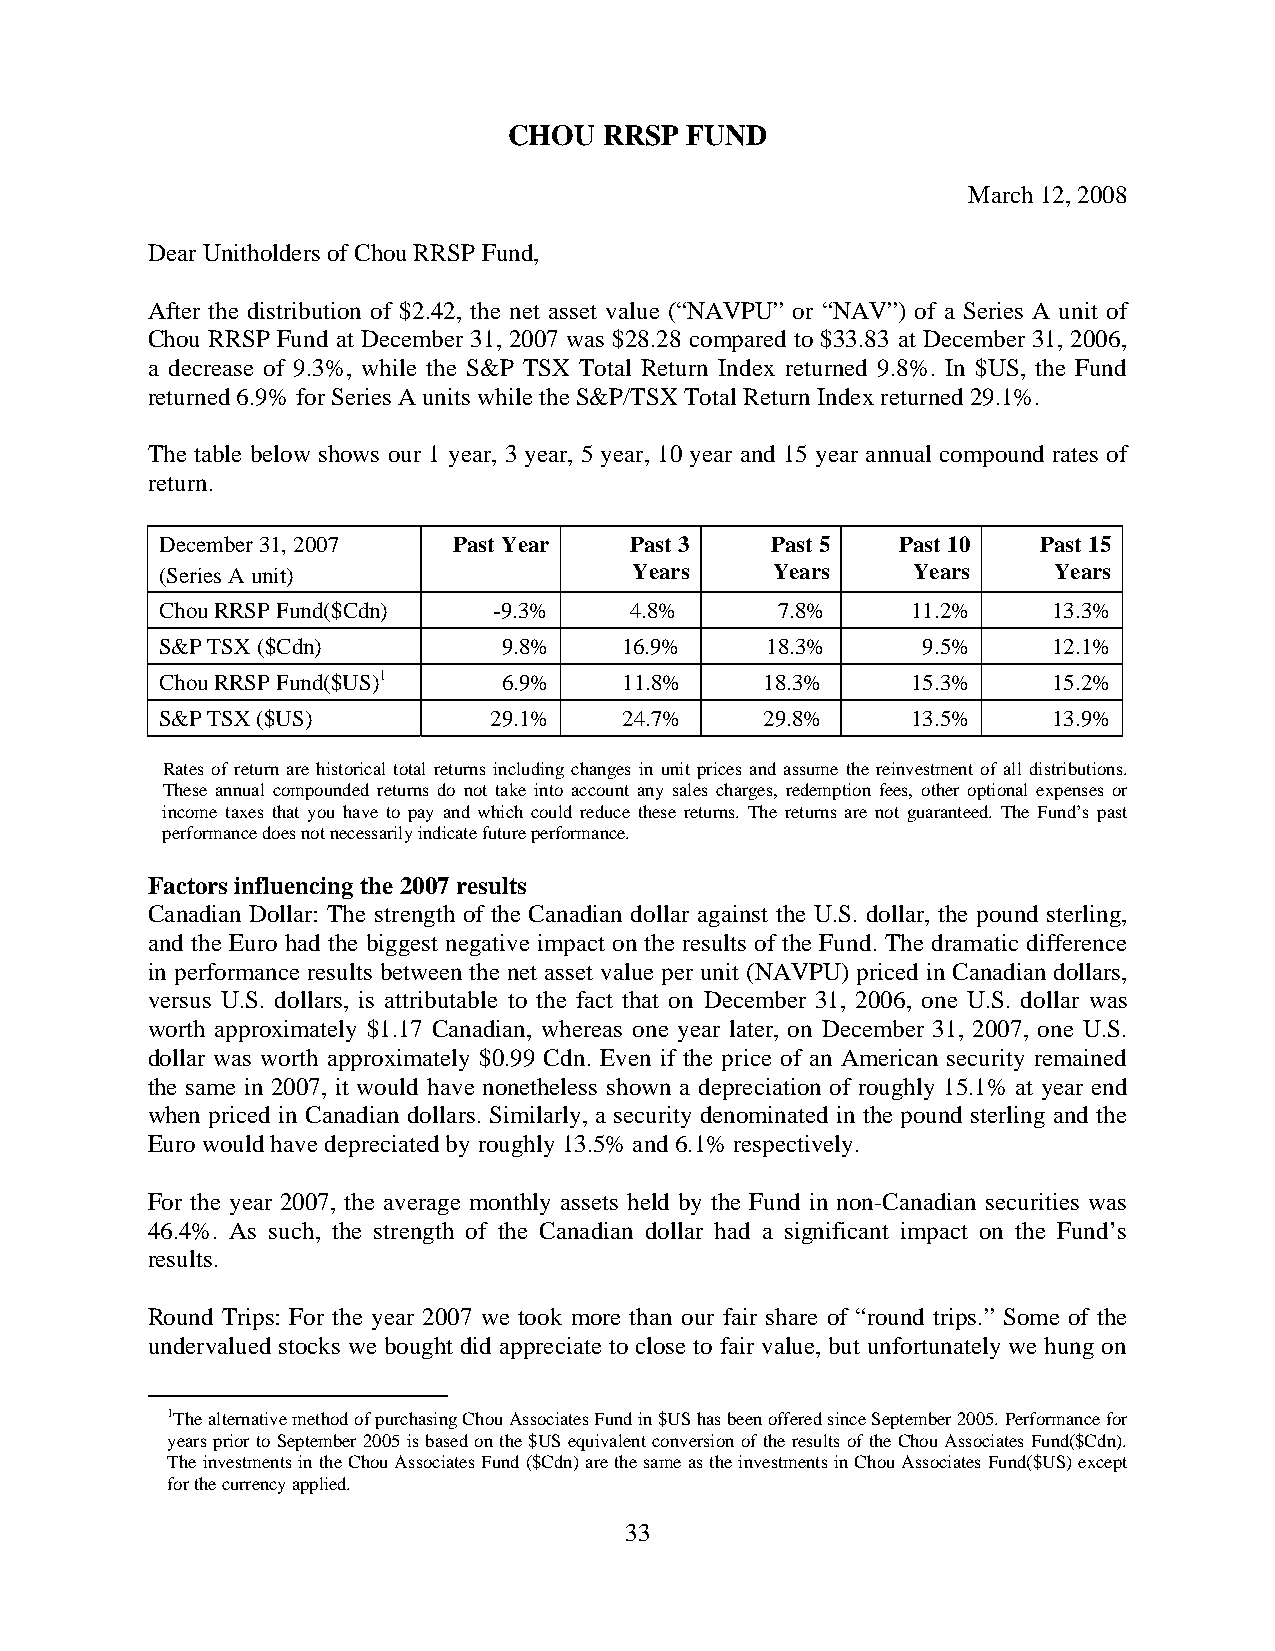
CHOU  RRSP FUND
 March 12, 2008
 Dear Unitholders of Chou RRSP Fund,
 After the distribution of $2.42, the net asset value (“NAVPU” or “NAV”) of a Series A unit of
 Chou RRSP Fund at December 31, 2007 was $28.28 compared to $33.83 at December 31, 2006,
 a decrease of 9.3%, while the S&P TSX Total Return Index returned 9.8%. In $US, the Fund
 returned 6.9% for Series A units while the S&P/TSX Total Return Index returned 29.1%.
 The table below shows our 1 year, 3 year, 5 year, 10 year and 15 year annual compound rates of
 return.
 December 31, 2007  Past Year   Past 3   Past 5   Past 10  Past 15
 (Series A unit)                Years    Years    Years     Years
 Chou RRSP Fund($Cdn)  -9.3%    4.8%     7.8%     11.2%     13.3%
 S&P TSX ($Cdn)        9.8%    16.9%     18.3%     9.5%     12.1%
 Chou RRSP Fund($US)1  6.9%    11.8%     18.3%    15.3%     15.2%
 S&P TSX ($US)        29.1%    24.7%     29.8%    13.5%     13.9%
 Rates of return are historical total returns including changes in unit prices and assume the reinvestment of all distributions.
 These annual compounded returns do not take into account any sales charges, redemption fees, other optional expenses or
 income taxes that you have to pay and which could reduce these returns. The returns are not guaranteed. The Fund’s past
 performance does not necessarily indicate future performance.
 Factors influencing the 2007 results
 Canadian Dollar: The strength of the Canadian dollar against the U.S. dollar, the pound sterling,
 and the Euro had the biggest negative impact on the results of the Fund. The dramatic difference
 in performance results between the net asset value per unit (NAVPU) priced in Canadian dollars,
 versus U.S. dollars, is attributable to the fact that on December 31, 2006, one U.S. dollar was
 worth approximately $1.17 Canadian, whereas one year later, on December 31, 2007, one U.S.
 dollar was worth approximately $0.99 Cdn. Even if the price of an American security remained
 the same in 2007, it would have nonetheless shown a depreciation of roughly 15.1% at year end
 when priced in Canadian dollars. Similarly, a security denominated in the pound sterling and the
 Euro would have depreciated by roughly 13.5% and 6.1% respectively.
 For the year 2007, the average monthly assets held by the Fund in non-Canadian securities was
 46.4%. As such, the strength of the Canadian dollar had a significant impact on the Fund’s
 results.
 Round Trips: For the year 2007 we took more than our fair share of “round trips.” Some of the
 undervalued stocks we bought did appreciate to close to fair value, but unfortunately we hung on
 1The alternative method of purchasing Chou Associates Fund in $US has been offered since September 2005. Performance for
 years prior to September 2005 is based on the $US equivalent conversion of the results of the Chou Associates Fund($Cdn).
 The investments in the Chou Associates Fund ($Cdn) are the same as the investments in Chou Associates Fund($US) except
 for the currency applied.
 33